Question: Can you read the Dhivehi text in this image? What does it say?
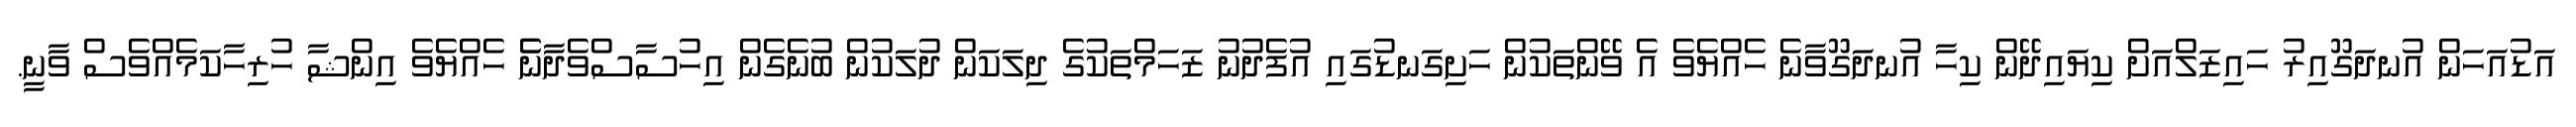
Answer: އަޑުއަހަން އުނދަގޫއިރު ހައިޒަލްއަށް ކިޔައިދޭން ކިހާ އުނދަގޫވާނެ ހެއްޔެވެ އެ ވޭންތަކުން ހަށިގަނޑުގައި އުފެދުނު ޒަހަމްތަކުގެ ދިލަކަން ދުލަކުން ބުނެގެން އިހުސާސްވެދާނެެ ހެއްޔެވެ އިންޝާ ހުރިހާކަމެއްވެސް ވާނީ.